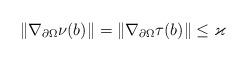
LaTeX: \begin{align*} \|\nabla_{\partial \Omega} \nu(b)\| = \|\nabla_{\partial \Omega} \tau(b)\| \le \varkappa \end{align*}